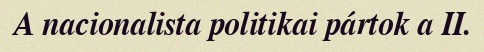
A nacionalista politikai pártok a II.